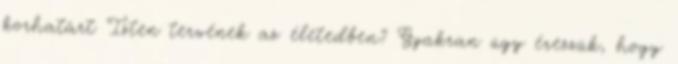
korhatárt Isten tervének az életedben? Gyakran úgy érezzük, hogy